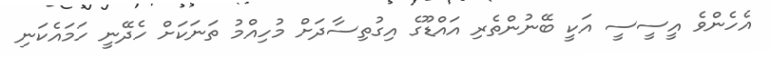
އެހެންވެ އީސީސީ އަކީ ބޭނުންތެރި އައްޑޫގެ އިގުތިސާދަށް މުހިއްމު ތަނަކަށް ހެދޭނީ ހަމައެކަނި